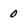
Character: 0